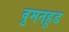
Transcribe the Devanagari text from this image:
वुमनहूड